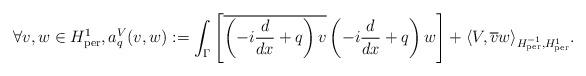
LaTeX: \begin{align*} \forall v,w\in H^1_{\rm per}, a_q^V(v,w):= \int_\Gamma\left[ \overline{\left( - i \frac{d}{dx} + q\right)v} \left(- i \frac{d}{dx} + q\right) w \right] + \langle V , \overline{v}w \rangle_{H^{-1}_{\rm per}, H^1_{\rm per}}. \end{align*}